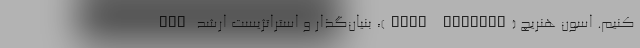
کنیم. اسون هنریچ (Sven Henrich)، بنیان‌گذار و استراتژیست ارشد "No